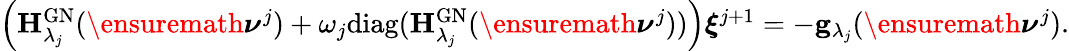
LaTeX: \begin{array}{r}{\left(\mathbf H_{\lambda_{j}}^{\mathrm{GN}}(\ensuremath{\boldsymbol\nu}^{j})+\omega_{j}\mathrm{diag}(\mathbf H_{\lambda_{j}}^{\mathrm{GN}}(\ensuremath{\boldsymbol\nu}^{j}))\right)\boldsymbol\xi^{j+1}=-\mathbf g_{\lambda_{j}}(\ensuremath{\boldsymbol\nu}^{j}).}\end{array}